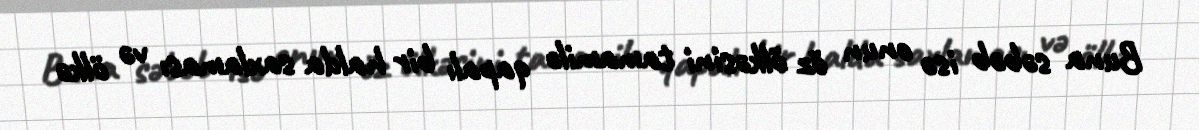
Buna səbəb isə onun öz ölkəsini tamamilə qapalı bir halda saxlaması və ölkə